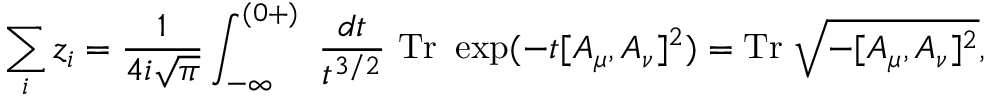
\sum _ { i } z _ { i } = \frac { 1 } { 4 i \sqrt { \pi } } \int _ { - \infty } ^ { ( 0 + ) } ~ \frac { d t } { t ^ { 3 / 2 } } ~ \mathrm { T r } ~ \exp ( - t [ A _ { \mu } , A _ { \nu } ] ^ { 2 } ) = \mathrm { T r } ~ \sqrt { - [ A _ { \mu } , A _ { \nu } ] ^ { 2 } } ,